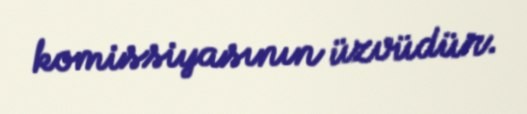
komissiyasının üzvüdür.